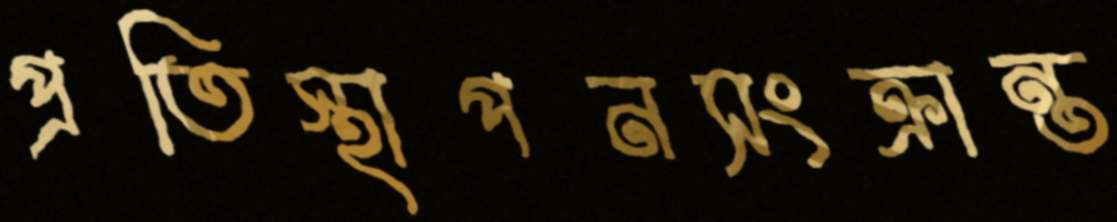
প্রতিস্থাপনসংক্রান্ত